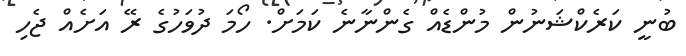
ބުނީ ކަރެކްޝަނުން މުންޑެއް ގެންނާނެ ކަމަށް. ހޯމަ ދުވަހުގެ ރޭ އަށެއް ޖެހި